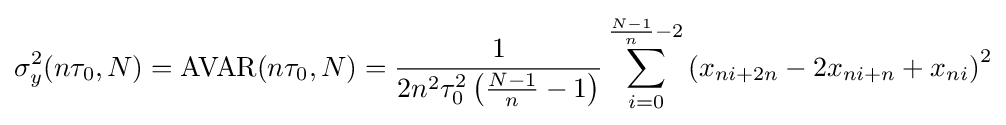
\sigma _{y}^{2}(n\tau _{0},N)=\operatorname {AVAR} (n\tau _{0},N)={\frac {1}{2n^{2}\tau _{0}^{2}\left({\frac {N-1}{n}}-1\right)}}\sum _{i=0}^{{\frac {N-1}{n}}-2}\left(x_{ni+2n}-2x_{ni+n}+x_{ni}\right)^{2}